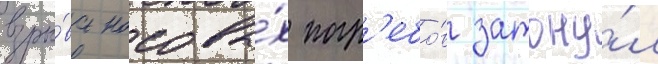
взры́ва носовы́х погр'ебо́в затону́л